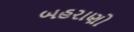
બહરાણો